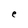
Character: e